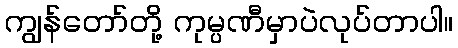
ကျွန်တော်တို့ ကုမ္ပဏီမှာပဲလုပ်တာပါ။